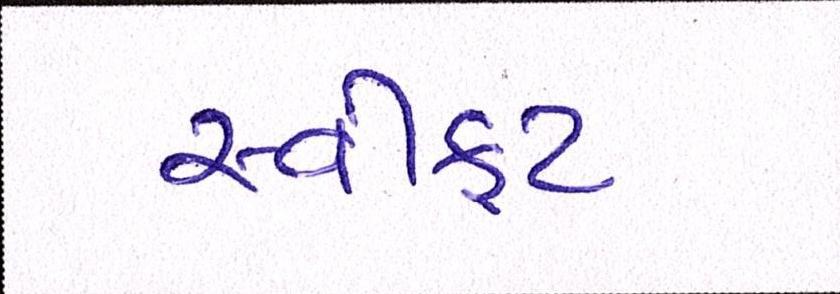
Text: સ્વીફટ